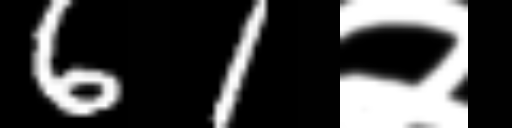
Text: 61२